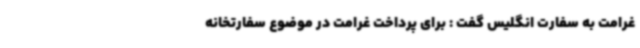
غرامت به سفارت انگلیس گفت : برای پرداخت غرامت در موضوع سفارتخانه